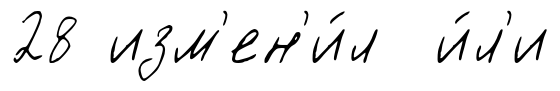
28 изм'ен'и́л и́л'и